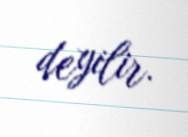
deyilir.